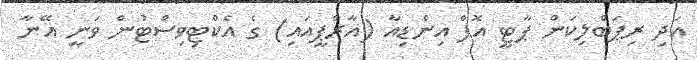
އަދި ރިޕަބްލިކަން ޕާޓީ އޮފް އިންޑިއާ (އާރްޕީއައި) ގެ އެކްޓިވިސްޓުން ވަނީ އޭނާ